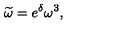
\widetilde { \omega } = e ^ { \delta } \omega ^ { 3 } ,